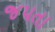
જપતા